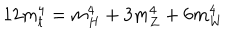
LaTeX: 1 2 m _ { t } ^ { 4 } = m _ { H } ^ { 4 } + 3 m _ { Z } ^ { 4 } + 6 m _ { W } ^ { 4 }